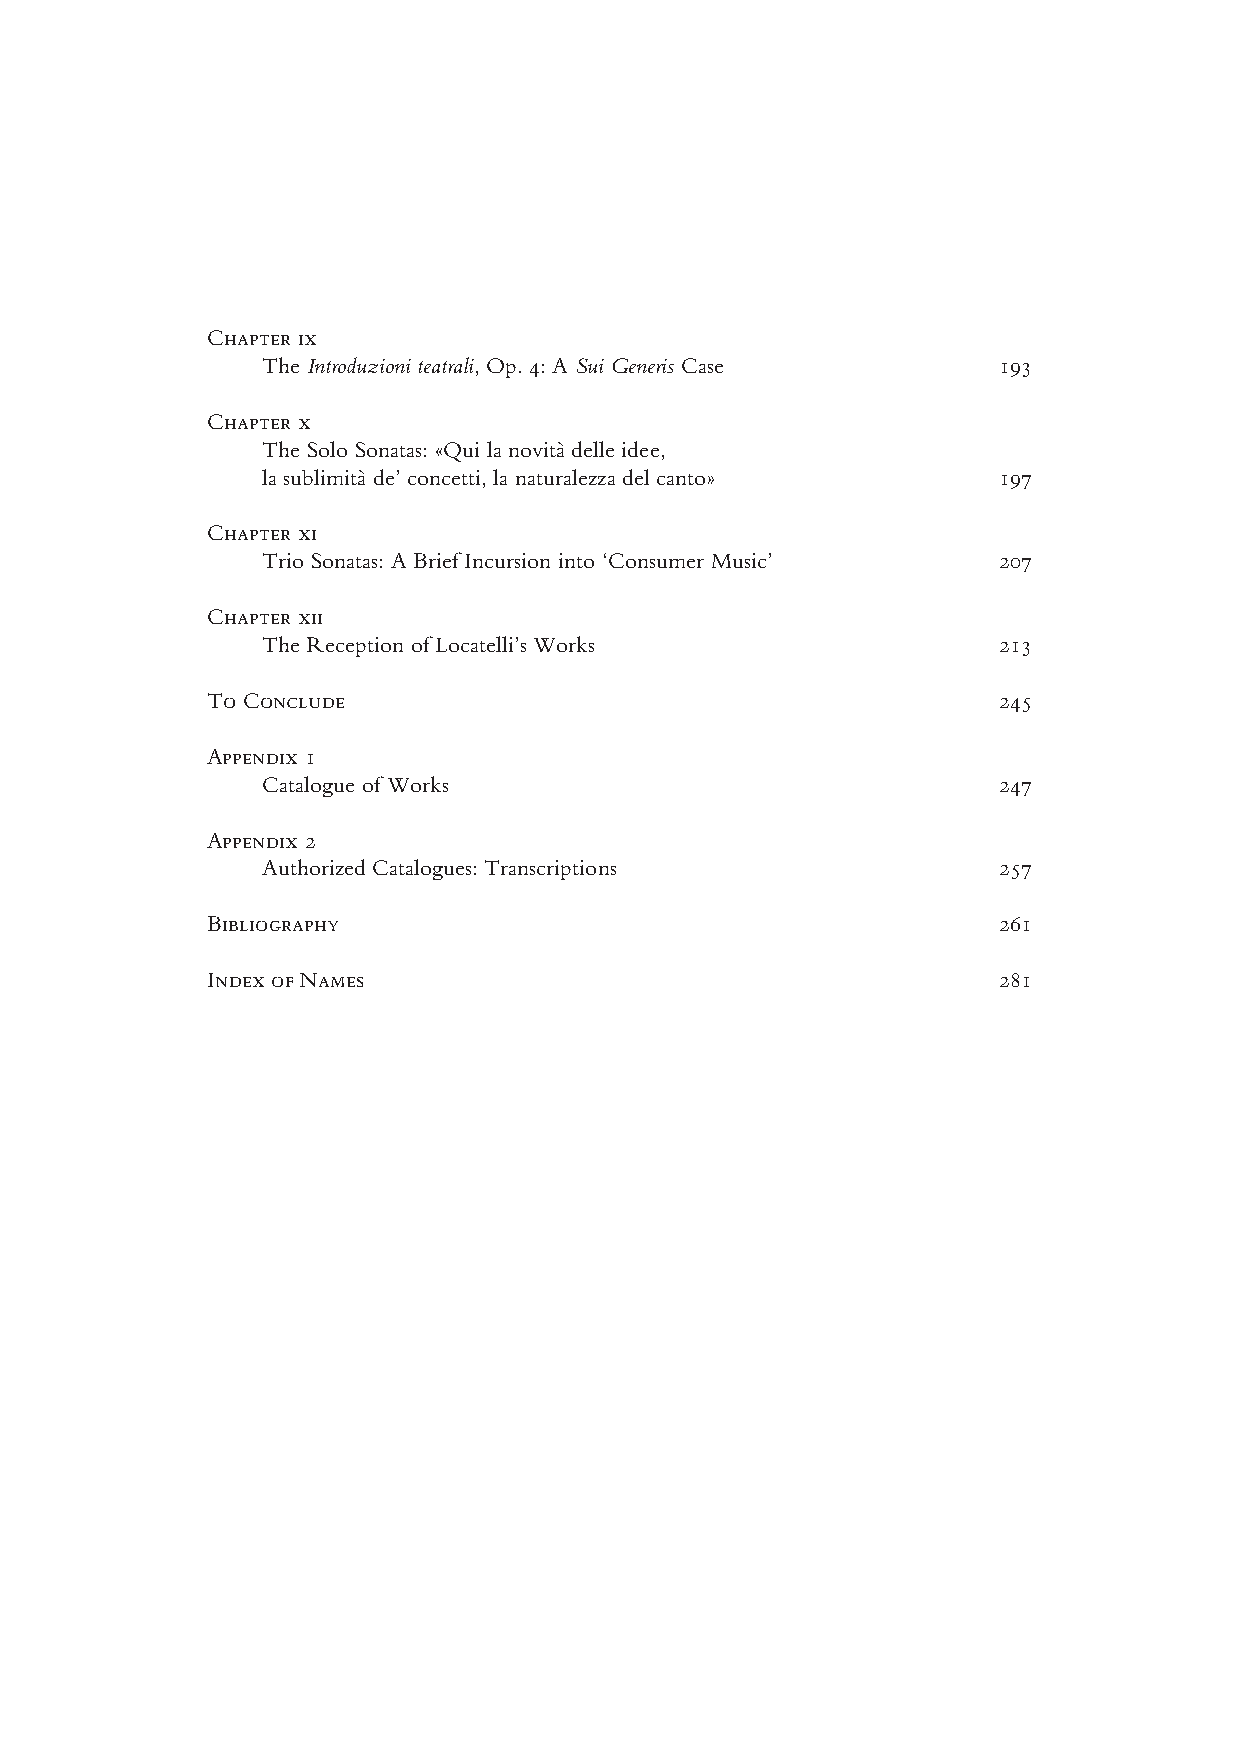
Chapter ix
 The Introduzioni teatrali, Op. 4: A Sui Generis Case 193
 Chapter x
 The Solo Sonatas: «Qui la novità delle idee,
 la sublimità de’ concetti, la naturalezza del canto» 197
 Chapter xi
 Trio Sonatas: A Brief Incursion into ‘Consumer Music’ 207
 Chapter xii
 The Reception of Locatelli’s Works               213
 To Conclude                                         245
 Appendix 1
 Catalogue of Works                               247
 Appendix 2
 Authorized Catalogues: Transcriptions            257
 Bibliography                                        261
 Index of Names                                      281